Source: Handwritten
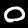
Digit: ၀ (0)